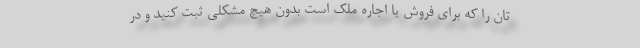
تان را که برای فروش یا اجاره ملک است بدون هیچ مشکلی ثبت کنید و در